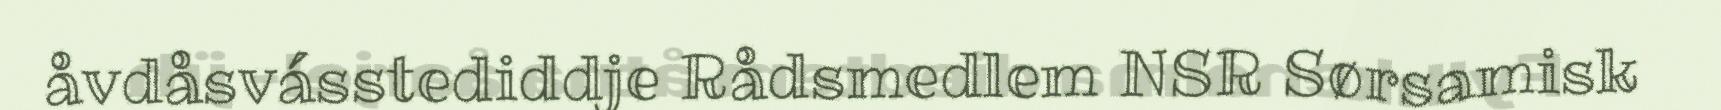
åvdåsvásstediddje Rådsmedlem NSR Sørsamisk